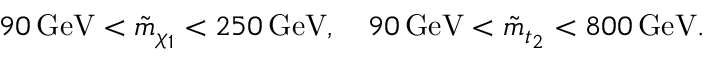
9 0 \, \mathrm { G e V } < \tilde { m } _ { \chi _ { 1 } } < 2 5 0 \, \mathrm { G e V } , \quad 9 0 \, \mathrm { G e V } < \tilde { m } _ { t _ { 2 } } < 8 0 0 \, \mathrm { G e V } .